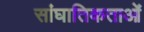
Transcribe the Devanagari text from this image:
सांघातिकताओं